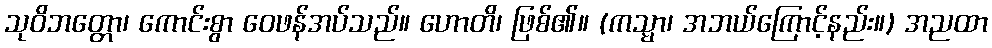
သုဝိဘတ္တော၊ ကောင်းစွာ ဝေဖန်အပ်သည်။ ဟောတိ၊ ဖြစ်၏။ (ကသ္မာ၊ အဘယ်ကြောင့်နည်း။) အညထာ